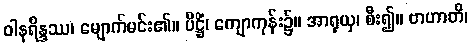
ဝါနရိန္ဒဿ၊ မျောက်မင်း၏။ ပိဋ္ဌိံ၊ ကျောကုန်း၌။ အာရုယှ၊ စီး၍။ ဗာဟာတိ၊